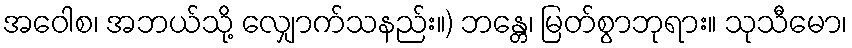
အဝေါစ၊ အဘယ်သို့ လျှောက်သနည်း။) ဘန္တေ၊ မြတ်စွာဘုရား။ သုသီမော၊